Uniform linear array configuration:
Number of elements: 48
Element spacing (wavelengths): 0.5
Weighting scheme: cosine
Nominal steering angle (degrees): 45
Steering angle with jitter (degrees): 45.387
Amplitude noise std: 0.05
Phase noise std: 0.05

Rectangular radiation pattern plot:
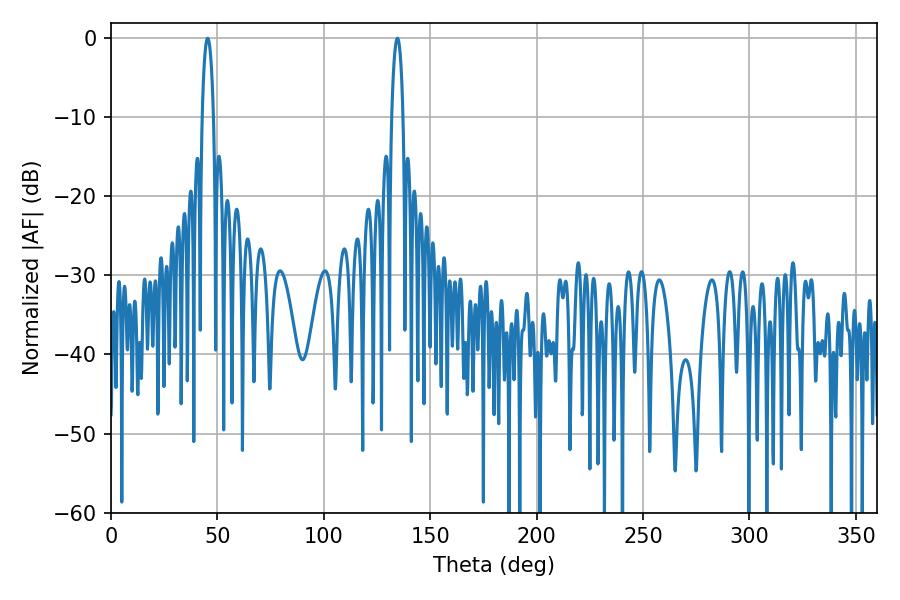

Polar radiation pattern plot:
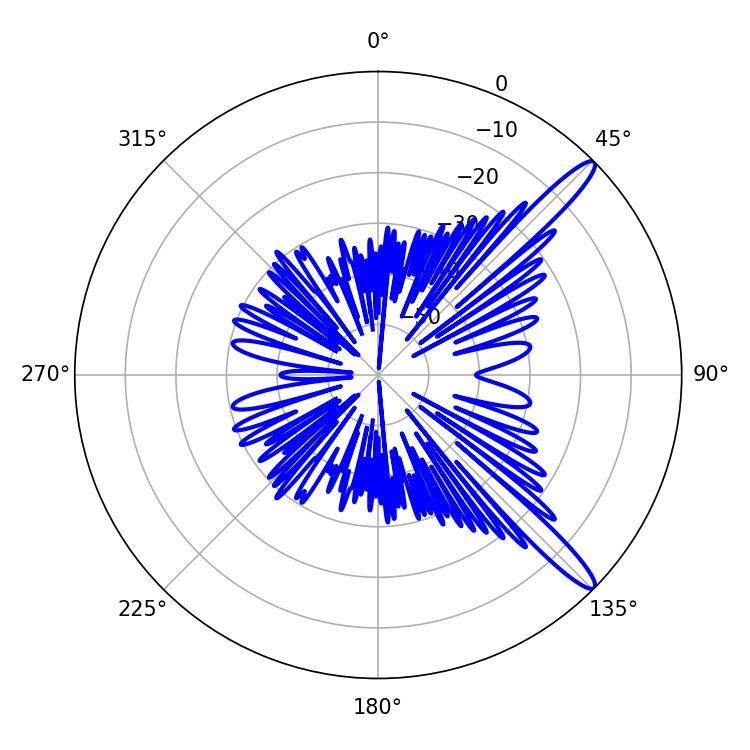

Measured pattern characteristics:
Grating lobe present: FALSE
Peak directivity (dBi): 13.731
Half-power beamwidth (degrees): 3.06
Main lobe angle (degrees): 134.64